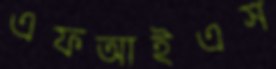
এফআইএস